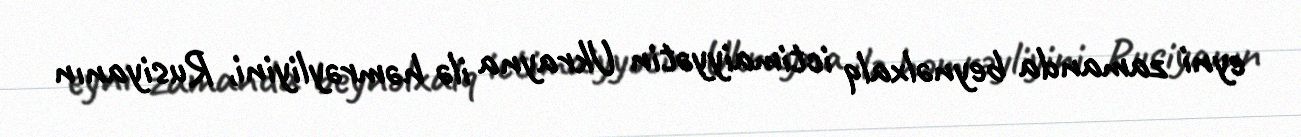
eyni zamanda beynəlxalq ictimaiyyətin Ukrayna ilə həmrəyliyini, Rusiyanın